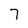
Character: 7